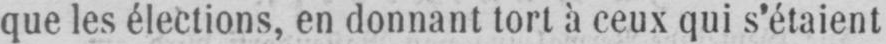
que les élections, en donnant tort à ceux qui s’étaient